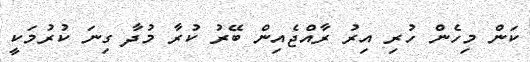
ކަން މިހެން ހުރި އިރު ރާއްޖެއިން ބޭރު ކުރާ މުދާ ގިނަ ކުރުމަކީ